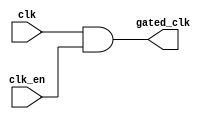
module clock_gating_cell (
    input wire clk,        // Original clock signal
    input wire clk_en,     // Static enable signal
    output wire gated_clk  // Gated clock output
);
    // AND gate for clock gating
    assign gated_clk = clk & clk_en; // Gated clock output
endmodule